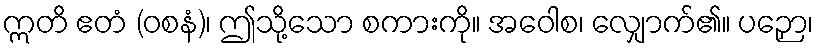
ဣတိ ဧတံ (ဝစနံ)၊ ဤသို့သော စကားကို။ အဝေါစ၊ လျှောက်၏။ ပဉှော၊